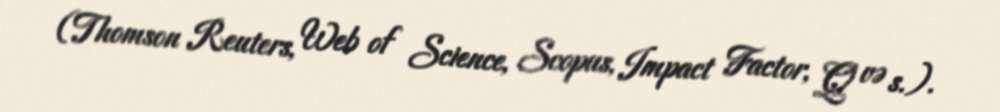
(Thomson Reuters, Web of Science, Scopus, Impact Factor, Q və s.).